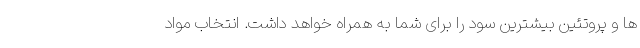
ها و پروتئین بیشترین سود را برای شما به همراه خواهد داشت. انتخاب مواد